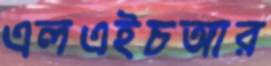
এলএইচআর